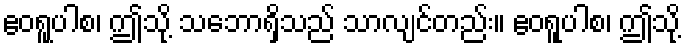
ဧဝရူပါစ၊ ဤသို့ သဘောရှိသည် သာလျင်တည်း။ ဧဝရူပါစ၊ ဤသို့